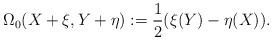
LaTeX: \begin{align*} \Omega_0(X + \xi, Y + \eta) := \frac{1}{2}(\xi(Y) - \eta(X)). \end{align*}